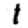
Digit: 1